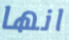
انها